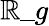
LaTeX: \mathbb{R}\_ g